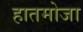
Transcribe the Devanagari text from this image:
हातमोजा